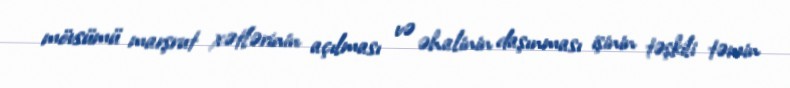
mövsümü marşrut xətlərinin açılması və əhalinin daşınması işinin təşkili təmin